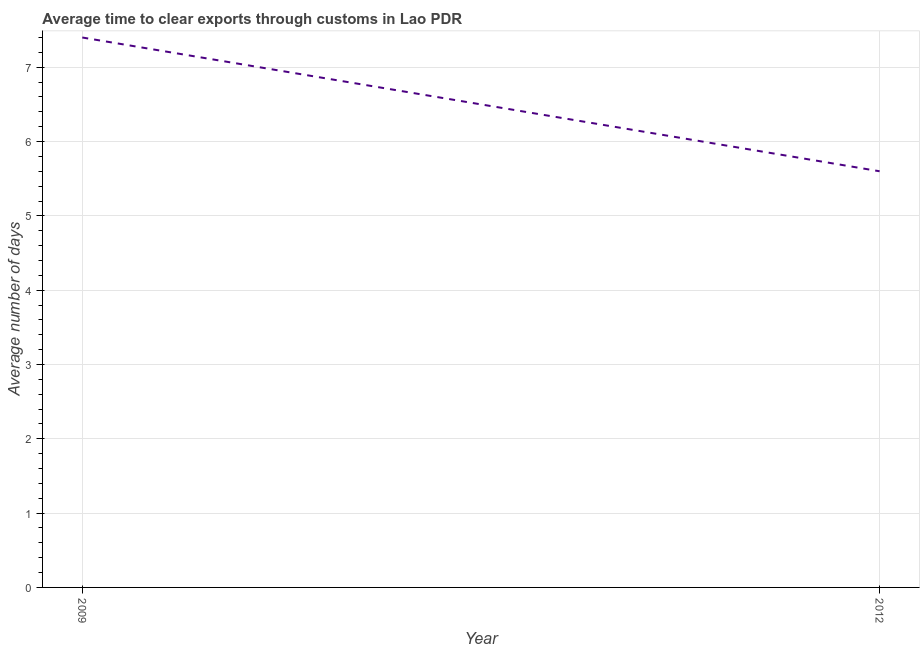
| Year | Time to clear exports through customs |
 | --- | --- |
 | 2009 | 7.4 |
 | 2012 | 5.6 |